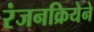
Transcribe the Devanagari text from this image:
रंजनक्रियेने